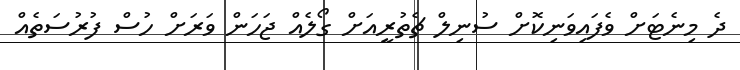
ދެ މިނެޓަށް ވެފައިވަނިކޮށް ސުނިލް ޗެތުރީއަށް ގޯލެއް ޖަހަން ވަރަށް ހުސް ފުރުސަތެއް